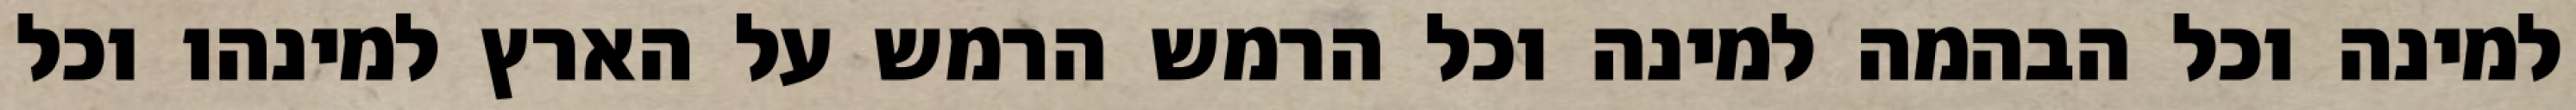
למינה וכל הבהמה למינה וכל הרמש הרמש על הארץ למינהו וכל